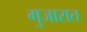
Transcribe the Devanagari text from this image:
गुजारात